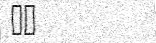
٢٢